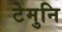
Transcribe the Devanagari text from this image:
टेमुनि